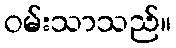
ဝမ်းသာသည်။